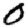
Digit: 0